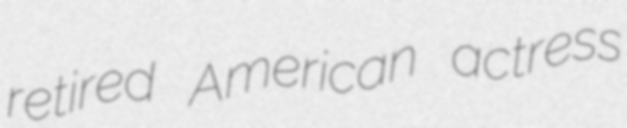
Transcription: retired American actress